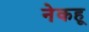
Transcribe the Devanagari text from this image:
नेकहू